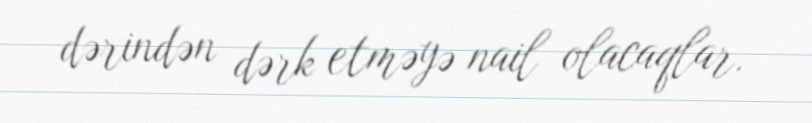
dərindən dərk etməyə nail olacaqlar.